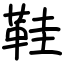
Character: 鞋